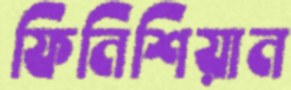
ফিনিশিয়ান